Annual report on the working of the lock hospitals in the North-Western Provinces and Oudh
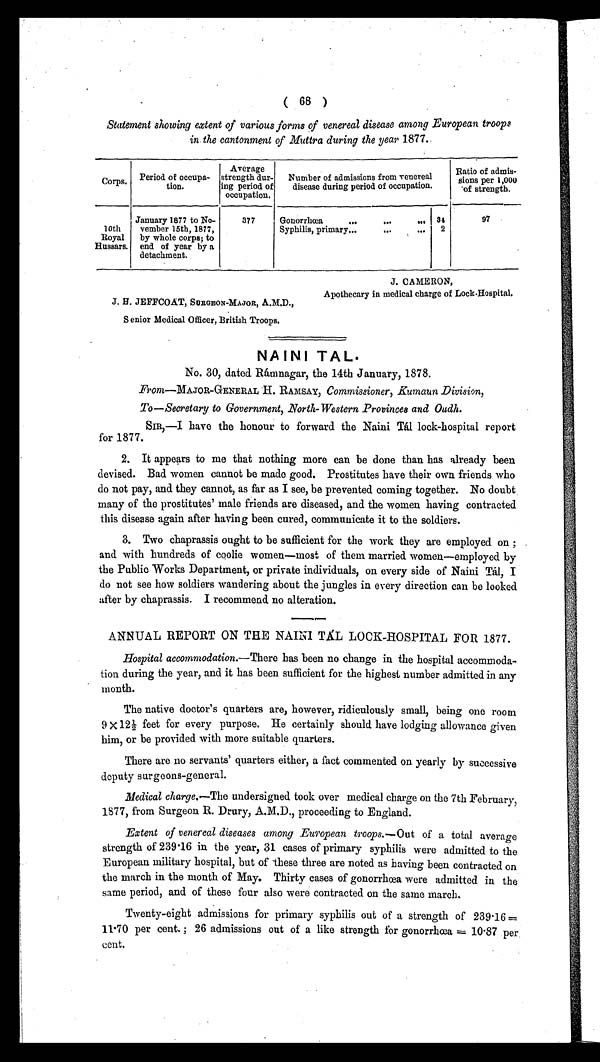
( 68 )
Statement showing extent of various forms of venereal disease among European troops
in the cantonment of Muttra during the year 1877.
Corps. Period of occupa-
tion.
Average
strength dur-
ing period of
occupation.
Number of admissions from venereal
disease during period of occupation,
Ratio of admis-
sions per 1,000
'of strength.
loth
Royal
Hussars.
January 1877 to No-
vember 15th, 1877,
by whole corps; to
end. of year by a
detachment.
377
Gonorrhoea
•..
..•
... 34
97
Syphilis, primary...
".
•••
2
J. H. JEFFCOAT, SURGEON-MAJOR, A.M.D.,
Senior Medical Officer, British Troops.
J. CAMERON,
Apothecary in medical charge of Lock.Hospital.
NAINI TAL.
No. 30, dated Ratnnagar, the 14th January, 1878.
Front—MAJOR-GENERAL H. RAMSAY, Commissioner, Kumaun Division,
To—Secretary to Government, North-Western Provinces and Oudh.
SIR,—I have the honour to forward the Naini Tfil lock-hospital report
for 1877.
2. It appears to me that nothing more can be done than has already been
devised. Bad women cannot be made good. Prostitutes have their own friends who
do not pay, and they cannot, as far as I see, be prevented coming together. No doubt
many of the prostitutes' male friends are diseased, and the women having contracted
this disease again after having been cured, communicate it to the soldiers.
3. Two chaprassis ought to be sufficient for the work they are employed on ;
and with hundreds of coolie w omen—most of them married women—employed by
the Public Works Department, or private individuals, on every side of Naini TM, I
do not see how soldiers wandering about the jungles in every direction can be looked
after by chaprassis. I recommend no alteration.
111n•nn• (••••n•
ANNUAL REPORT ON THE NADU TAL LOCK-HOSPITAL FOR 1877.
Hospital accomnzodation.—There has been no change in the hospital accommoda-
tion during the year, and it has been sufficient for the highest number admitted in any
month.
The native doctor's quarters are, however, ridiculously small, being one room
9 X 12 feet for every purpose. He certainly should have lodging allowance given
him, or be provided with more suitable quarters.
There are no servants' quarters either, a fact commented on yearly by successive
deputy surgeons-general.
Medical charge.—The undersigned took over medical charge on the 7th February,
1S77, from Surgeon R. Drury, A.M.D., proceeding to England.
Extent of venereal diseases among European troops.—Out of a total average
strength of 239-16 in the year, 31 cases of primary syphilis were admitted to the
European military hospital, but of -these three are noted as having been contracted on
the march in the month of May. Thirty cases of gonorrhoea were admitted in the
same period, and of these four also were contracted on the same march.
Twenty-eight admissions for primary syphilis out of a strength of 239.16=
11-70 per cent. ; 26 admissions out of a like strength for gonorrhœa=10-87 per
cent.